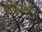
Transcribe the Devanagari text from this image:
शेकणार